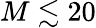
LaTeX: M\lesssim 20